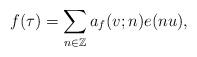
LaTeX: \begin{align*} f(\tau) = \sum_{n\in\mathbb Z} a_f(v;n) e(nu), \end{align*}